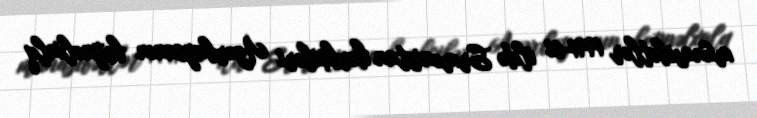
münasibətlər 1991-ci ildə Ermənistan hərbçiləri Azərbaycanın beynəlxalq